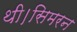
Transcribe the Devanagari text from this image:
थी।सिमरन